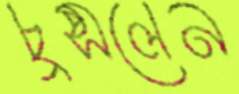
চুপ্‌সলেন